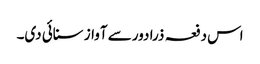
اس دفعہ ذرا دور سے آواز سنائی دی۔